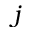
j